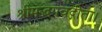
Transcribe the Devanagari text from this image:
श्रीमद्भगवद्गीता।